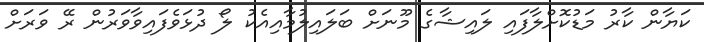
ކަޔާން ކާރު މަޑުކޮށްލާފައި ލައިޝާގެ މޫނަށް ބަލައިލުމާއިއެކު ލޯ ދުޅަވެފައިވާވަރުން ރޭ ވަރަށް